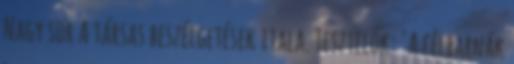
Nagy sör A társas beszélgetések itala. Tesztelők: "A félbarnák